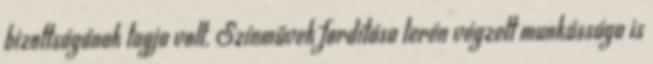
bizottságának tagja volt. Színművek fordítása terén végzett munkássága is